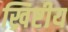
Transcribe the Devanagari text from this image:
ख्रिष्टीय